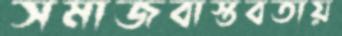
সমাজবাস্তবতায়